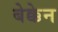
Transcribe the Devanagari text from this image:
बेक्केन